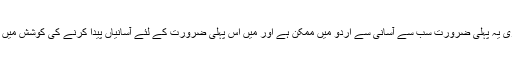
ہماری یہ پہلی ضرورت سب سے آسانی سے اردو میں ممکن ہے اور میں اس پہلی ضرورت کے لئے آسانیاں پیدا کرنے کی کوشش میں ہوں۔